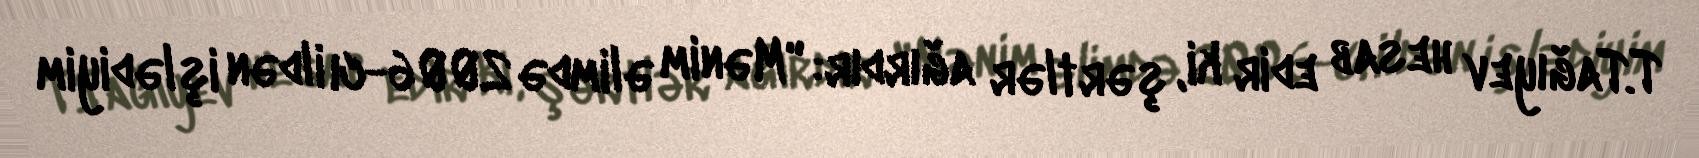
T.Tağıyev hesab edir ki, şərtlər ağırdır: "Mənim əlimdə 2006-cı ildən işlədiyim